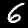
Digit: 6